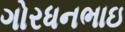
ગોરધનભાઇ